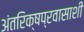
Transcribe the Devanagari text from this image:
अंतरिक्षप्रवासाशी